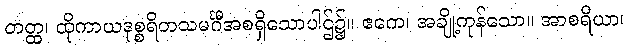
တတ္ထ၊ ထိုကာယဒုစ္စရိတသမင်္ဂီအစရှိသောပါဌ်၌။ ဧကေ၊ အချို့ကုန်သော။ အာစရိယာ၊